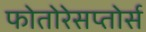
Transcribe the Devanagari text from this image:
फोतोरेसप्तोर्स